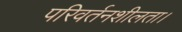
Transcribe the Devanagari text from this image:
परिवर्तनशीलता।